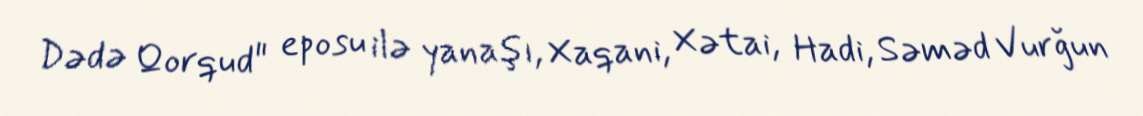
Dədə Qorqud" eposu ilə yanaşı, Xaqani, Xətai, Hadi, Səməd Vurğun